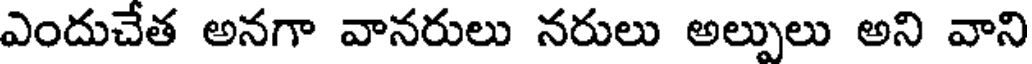
ఎందుచేత అనగా వానరులు నరులు అల్పులు అని వాని